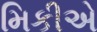
મિકીએ